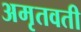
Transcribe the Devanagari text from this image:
अमृतवती